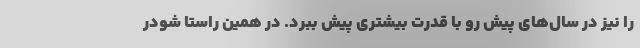
را نیز در سال‌های پیش رو با قدرت بیشتری پیش ببرد. در همین راستا شودر